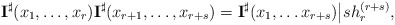
\begin{align*}\mathbf{I}^{\sharp} (x_1,\ldots,x_r)\mathbf{I}^{\sharp}(x_{r+1},\ldots,x_{r+s}) = \mathbf{I}^{\sharp} (x_1,\ldots x_{r+s})\big| sh_r^{(r+s)},\end{align*}